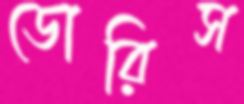
ডোরিস